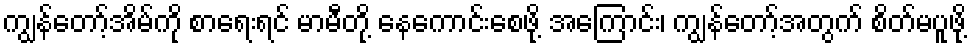
ကျွန်တော့်အိမ်ကို စာရေးရင် မာမီတို့ နေကောင်းစေဖို့ အကြောင်း၊ ကျွန်တော့်အတွက် စိတ်မပူဖို့